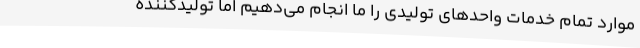
موارد تمام خدمات واحدهای تولیدی را ما انجام می‌دهیم اما تولیدکننده